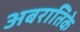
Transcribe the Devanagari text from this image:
अबरातिके